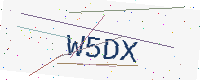
Text: W5DX